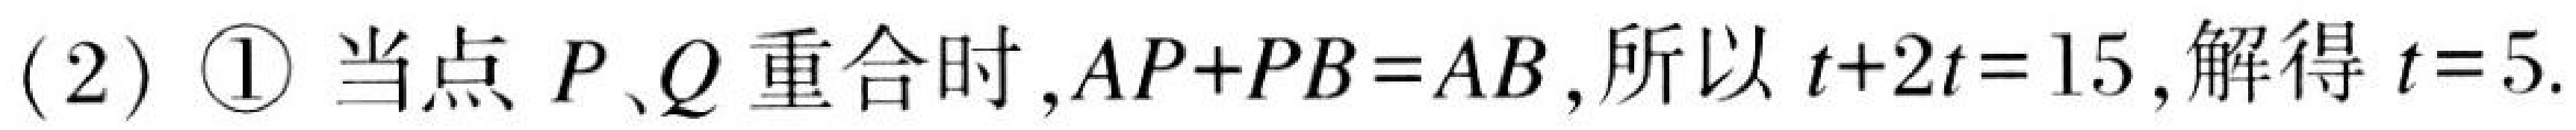
(2) \textcircled{1} 当点 \(P、Q\) 重合时,\(AP + PB=AB\),所以 \(t + 2t = 15\),解得 \(t = 5\).